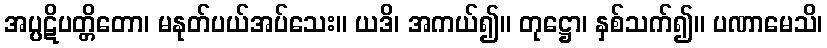
အပ္ပဋိပတ္တိတော၊ မနုတ်ပယ်အပ်သေး။ ယဒိ၊ အကယ်၍။ တုဋ္ဌော၊ နှစ်သက်၍။ ပဏာမေသိ၊